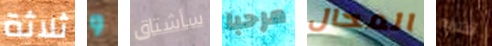
ثلاثة و سأشتاق مرحبا المحال أشتريه